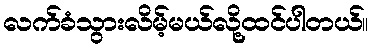
လက်ခံသွားလိမ့်မယ်လို့ထင်ပါတယ်။